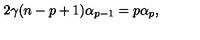
2 \gamma ( n - p + 1 ) \alpha _ { p - 1 } = p \alpha _ { p } ,